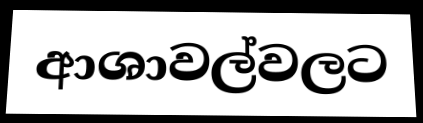
ආශාවල්වලට